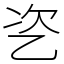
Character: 乲